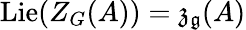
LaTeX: \operatorname{Lie}(Z_{G}(A))={\mathfrak{z}}_{\mathfrak{g}}(A)